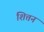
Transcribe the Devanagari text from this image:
शित्तन